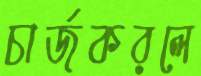
চার্জকরলে